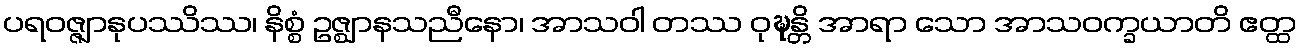
ပရဝဇ္ဇျာနုပဿိဿ၊ နိစ္စံ ဥဇ္ဈာနသညီနော၊ အာသဝါ တဿ ဝုဍ္ဎန္တိ အာရာ သော အာသဝက္ခယာတိ ဧတ္ထ